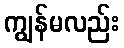
ကျွန်မလည်း